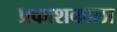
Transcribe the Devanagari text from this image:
प्रकाशकाला